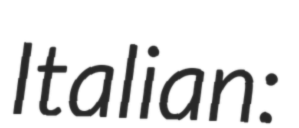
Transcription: Italian: